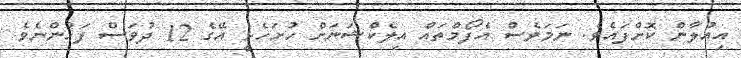
އިއުލާން ކޮށްފައެވެ. ނަމަވެސް އެފޯމްތައް އިލެކްޝަނަށް ހުށަހެޅީ އޭގެ 12 ދުވަސް ފަހުންނެވެ.